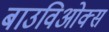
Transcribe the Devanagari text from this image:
बाउविओक्स